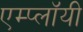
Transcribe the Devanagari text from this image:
एम्प्लॉयी